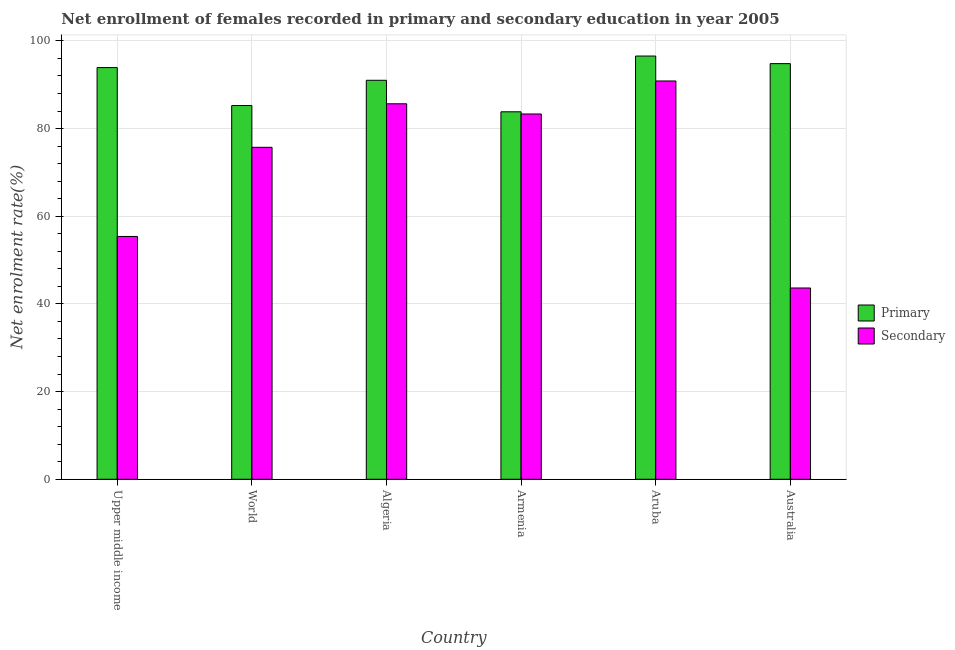
| Country | Primary | Secondary |
 | --- | --- | --- |
 | Upper middle income | 93.9 | 55.4 |
 | World | 85.3 | 75.7 |
 | Algeria | 91 | 85.6 |
 | Armenia | 83.8 | 83.3 |
 | Aruba | 96.5 | 90.9 |
 | Australia | 94.8 | 43.6 |